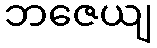
ဘဇေယျ